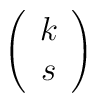
\left(\begin{array}{c} k \\ s \end{array} \right)